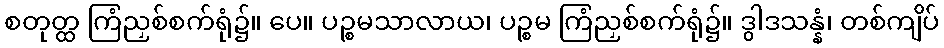
စတုတ္ထ ကြံညှစ်စက်ရုံ၌။ ပေ။ ပဉ္စမသာလာယ၊ ပဉ္စမ ကြံညှစ်စက်ရုံ၌။ ဒွါဒသန္နံ၊ တစ်ကျိပ်